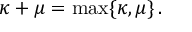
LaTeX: \kappa + \mu = \operatorname* { m a x } \{ \kappa , \mu \} \, .